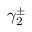
\gamma _ { 2 } ^ { \pm }